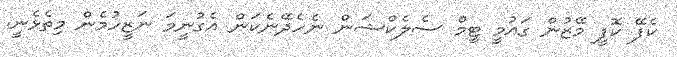
ކެފޭ ކޮފީ މޭޒުން ގައުމީ ޓީމް ސެލެކްޝަން ނެހެދޭނެކަން އެގުނީމަ ނަޒީހުމެން މިތެޅެނީ.